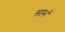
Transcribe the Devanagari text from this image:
स्तभं